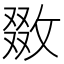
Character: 敪